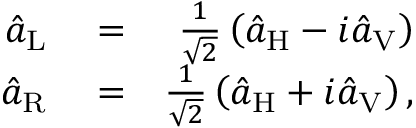
\begin{array} { r l r } { \hat { a } _ { \mathrm { L } } } & { { } = } & { \frac { 1 } { \sqrt { 2 } } \left( \hat { a } _ { \mathrm { H } } - i \hat { a } _ { \mathrm { V } } \right) } \\ { \hat { a } _ { \mathrm { R } } } & { { } = } & { \frac { 1 } { \sqrt { 2 } } \left( \hat { a } _ { \mathrm { H } } + i \hat { a } _ { \mathrm { V } } \right) , } \end{array}